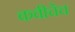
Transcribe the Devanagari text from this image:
कवीचेच